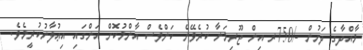
މާއްދާގެ ދަށުން -/750ރ އިން ޖޫރިމަނާ ކުރެވޭނެ ކަންވެސް އާންމުކޮށް އަންގައި އިޢުލާނުކުރީމެވެ.